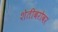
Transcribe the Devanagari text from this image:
शेतीबरोबर